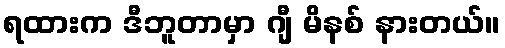
ရထားက ဒီဘူတာမှာ ဂျီ မိနစ် နားတယ်။